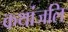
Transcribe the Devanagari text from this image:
कथांजलि